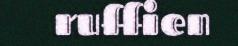
ruffien